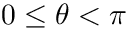
0 \leq \theta < \pi